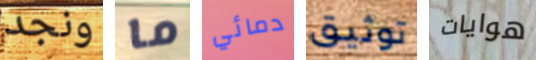
ونجد ما دمائي توثيق هوايات